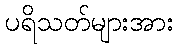
ပရိသတ်များအား